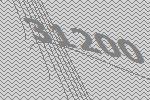
31200